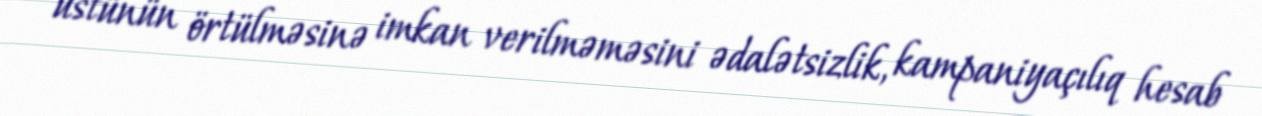
üstünün örtülməsinə imkan verilməməsini ədalətsizlik, kampaniyaçılıq hesab